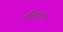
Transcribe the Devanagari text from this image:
पारिकुटीन